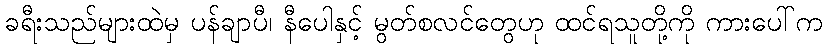
ခရီးသည်များထဲမှ ပန်ချာပီ၊ နီပေါနှင့် မွတ်စလင်တွေဟု ထင်ရသူတို့ကို ကားပေါ်က